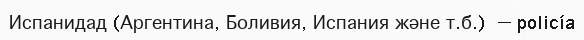
Испанидад (Аргентина, Боливия, Испания және т.б.) — policía